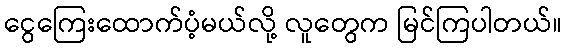
ငွေကြေးထောက်ပံ့မယ်လို့ လူတွေက မြင်ကြပါတယ်။